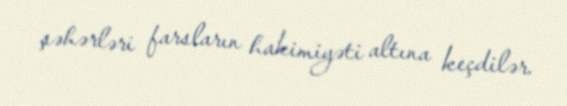
şəhərləri farsların hakimiyəti altına keçdilər.